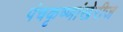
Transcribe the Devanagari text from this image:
पंचकृष्णांखेरीज